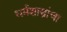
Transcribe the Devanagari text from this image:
धर्मशास्त्रांचा